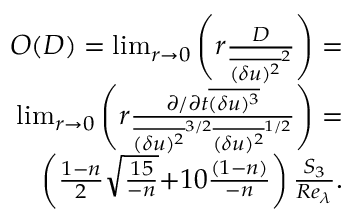
\begin{array} { r } { { \cal O } ( { \cal D } ) = \operatorname* { l i m } _ { r \rightarrow 0 } \left( r \frac { { \cal D } } { \overline { { ( \delta u ) ^ { 2 } } } ^ { 2 } } \right) = } \\ { \operatorname* { l i m } _ { r \rightarrow 0 } \left( r \frac { \partial / \partial t \overline { { ( \delta u ) ^ { 3 } } } } { \overline { { ( \delta u ) ^ { 2 } } } ^ { 3 / 2 } \overline { { ( \delta u ) ^ { 2 } } } ^ { 1 / 2 } } \right) = } \\ { \left( \frac { { 1 - n } } { 2 } \sqrt { \frac { { 1 5 } } { - n } } { + 1 0 \frac { { ( 1 - n ) } } { { - n } } } \right) \frac { S _ { 3 } } { { { R e _ { \lambda } } } } . } \end{array}